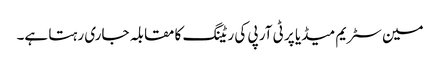
مین سٹریم میڈیا پر ٹی آر پی کی ریٹنگ کا مقابلہ جاری رہتا ہے۔